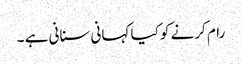
رام کرنے کو کیا کہانی سنانی ہے ۔